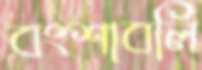
বংশাবলি